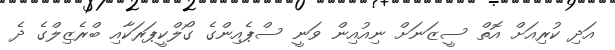
އަދި ކުރިއަށް އޮތް ސީޒަނަށް ނިއުއިން ވަނީ ސްޕެއިންގެ ގޯލްކީޕަރަކާއި ބްރެޒިލްގެ ދެ